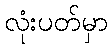
လုံးပတ်မှာ